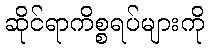
ဆိုင်ရာကိစ္စရပ်များကို